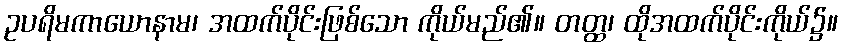
ဥပရိမကာယောနာမ၊ အထက်ပိုင်းဖြစ်သော ကိုယ်မည်၏။ တတ္ထ၊ ထိုအထက်ပိုင်းကိုယ်၌။